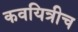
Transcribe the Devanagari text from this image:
कवयित्रीच